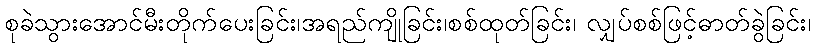
စုခဲသွားအောင်မီးတိုက်ပေးခြင်း၊အရည်ကျိုခြင်း၊စစ်ထုတ်ခြင်း၊ လျှပ်စစ်ဖြင့်ဓာတ်ခွဲခြင်း၊